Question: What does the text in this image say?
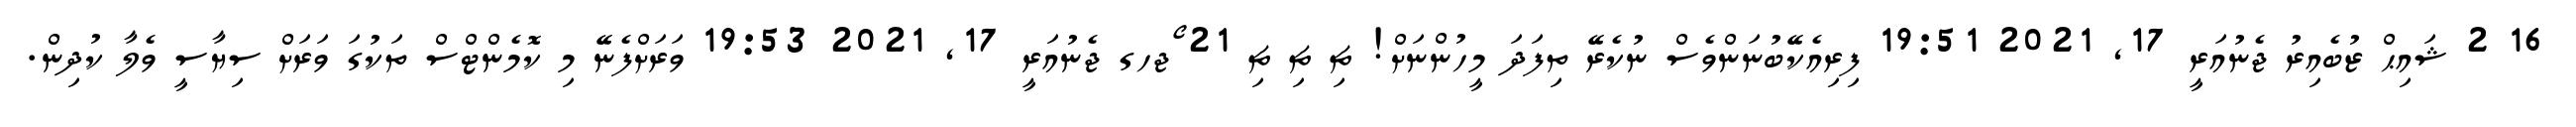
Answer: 16 2 ޝައިޙް ޒުބެއިރު ޖެނުއަރީ 17, 2021 19:51 ފިރިއެކޭބުނަންވެސް ނުކެރޭ ތިފަދަ މީހުންނަށް! ޗި ޗި ޗި 21 ޯޖހގ ޖެނުއަރީ 17, 2021 19:53 ވަރަށްފެނޭ މި ކޮމެންޓްސް ތަކުގަ ވަރަށް ސިޔާސީ ވެލާ ކުދިން.